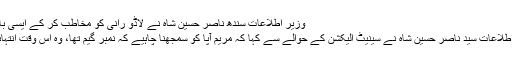
وزیر اطلاعات سندھ ناصر حسین شاہ نے لاڈو رانی کو مخاطب کر کے ایسی بات کہہ دی کہ لیگی آگ بگولہ ہو گئے
کراچی (ویب ڈیسک) سندھ کے وزیر اطلاعات سید ناصر حسین شاہ نے سینیٹ الیکشن کے حوالے سے کہا کہ مریم آپا کو سمجھنا چاہیے کہ نمبر گیم تھا، وہ اس وقت انتہائی دکھی ہیں ان کابرانہیں منانا چاہیے۔